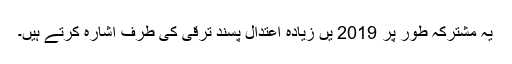
یہ مشترکہ طور پر 2019 یں زیادہ اعتدال پسند ترقی کی طرف اشارہ کرتے ہیں۔